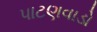
પાટણવાડો